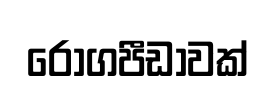
රෝගපීඩාවක්